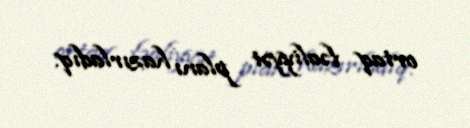
ortaq fəaliyyət planı hazırladıq.